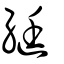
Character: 綎